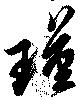
瑾